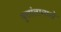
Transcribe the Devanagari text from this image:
वृत्तांतामध्ये